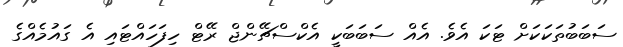
ސަބަބުތަކަކަށް ޓަކަ އެވެ. އެއް ސަބަބަކީ އެކްސްޗޭންޖް ރޭޓް ހިފަހައްޓައި އެ ގައުމެއްގެ